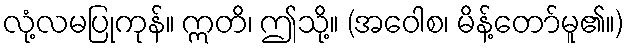
လုံ့လမပြုကုန်။ ဣတိ၊ ဤသို့။ (အဝေါစ၊ မိန့်တော်မူ၏။)